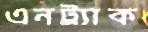
এনট্র্যাক